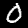
Label: 0